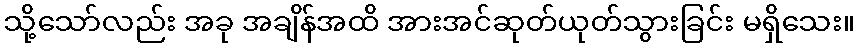
သို့သော်လည်း အခု အချိန်အထိ အားအင်ဆုတ်ယုတ်သွားခြင်း မရှိသေး။